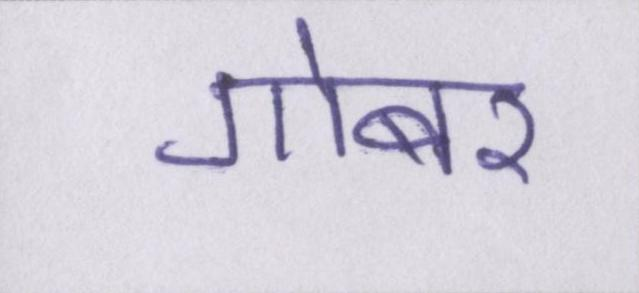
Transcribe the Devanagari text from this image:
गोबर